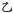
乙